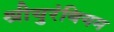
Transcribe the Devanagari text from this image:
श्रीयुरंबियम